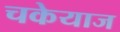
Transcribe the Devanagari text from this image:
चकेयाज